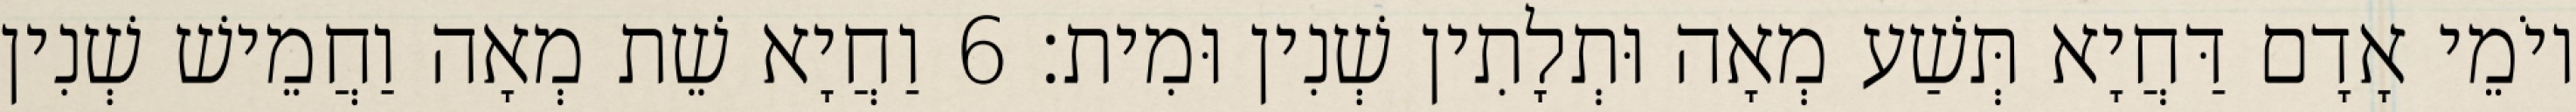
יוֹמֵי אָדָם דַּחֲיָא תְּשַׁע מְאָה וּתְלָתִין שְׁנִין וּמִית׃ 6 וַחֲיָא שֵׁת מְאָה וַחֲמֵישׁ שְׁנִין